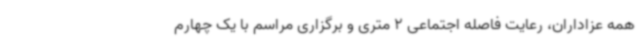
همه عزاداران، رعایت فاصله اجتماعی 2 متری و برگزاری مراسم با یک چهارم